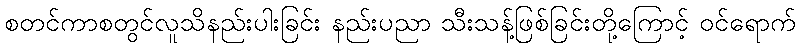
စတင်ကာစတွင်လူသိနည်းပါးခြင်း နည်းပညာ သီးသန့်ဖြစ်ခြင်းတို့ကြောင့် ဝင်ရောက်